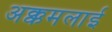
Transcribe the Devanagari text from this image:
अक्कमलाई